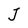
Character: J